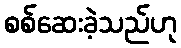
စစ်ဆေးခဲ့သည်ဟု